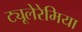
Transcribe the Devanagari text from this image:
ट्यूलेरेमिया